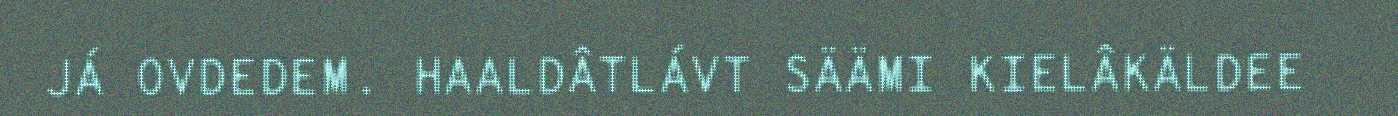
JÁ OVDEDEM. HAALDÂTLÁVT SÄÄMI KIELÂKÄLDEE